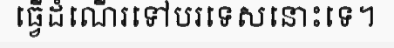
ធ្វើដំណើរទៅបរទេសនោះទេ។